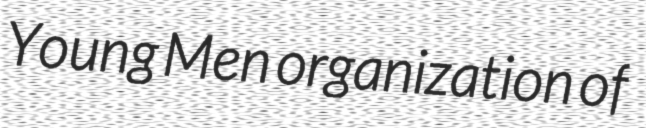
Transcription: Young Men organization of